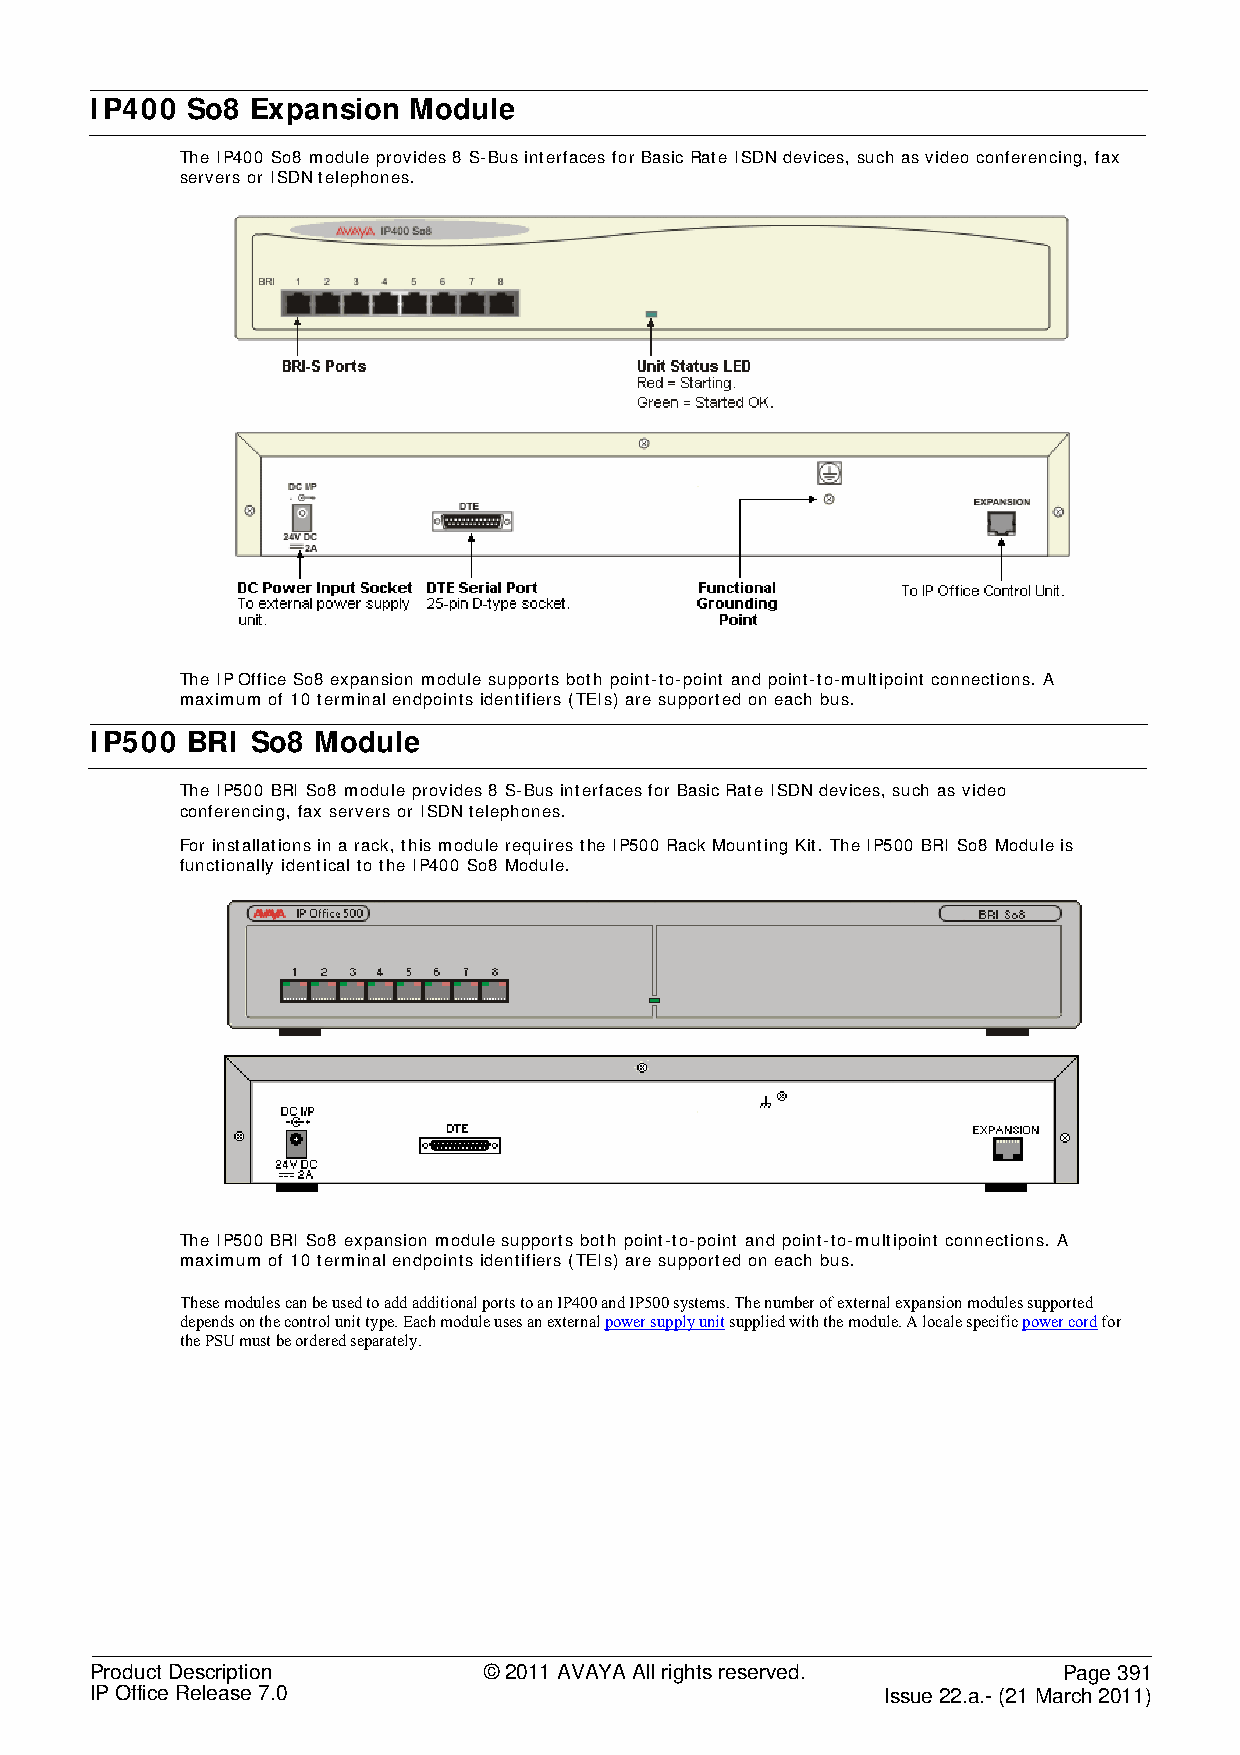
IP400 So8  Expansion Module
 The IP400 So8 module provides 8 S-Bus interfaces for Basic Rate ISDN devices, such as video conferencing, fax
 servers or ISDN telephones.
 The IP Office So8 expansion module supports both point-to-point and point-to-multipoint connections. A
 maximum of 10 terminal endpoints identifiers (TEIs) are supported on each bus.
 IP500 BRI  So8 Module
 The IP500 BRI So8 module provides 8 S-Bus interfaces for Basic Rate ISDN devices, such as video
 conferencing, fax servers or ISDN telephones.
 For installations in a rack, this module requires the IP500 Rack Mounting Kit. The IP500 BRI So8 Module is
 functionally identical to the IP400 So8 Module.
 The IP500 BRI So8 expansion module supports both point-to-point and point-to-multipoint connections. A
 maximum of 10 terminal endpoints identifiers (TEIs) are supported on each bus.
 These modules can be used to add additional ports to an IP400 and IP500 systems. The number of external expansion modules supported
 depends on the control unit type. Each module uses an external power supply unit supplied with the module. A locale specific power cord for
 the PSU must be ordered separately.
 Product Description       © 2011 AVAYA All rights reserved.     Page 391
 IP Office Release 7.0                                Issue 22.a.- (21 March 2011)